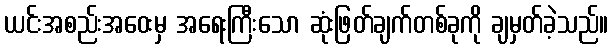
ယင်းအစည်းအဝေးမှ အရေးကြီးသော ဆုံးဖြတ်ချက်တစ်ခုကို ချမှတ်ခဲ့သည်။